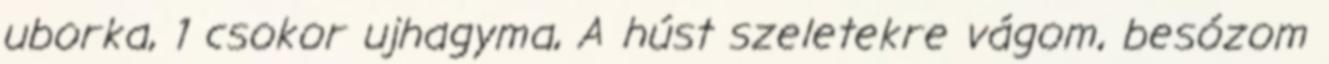
uborka, 1 csokor ujhagyma, A húst szeletekre vágom, besózom